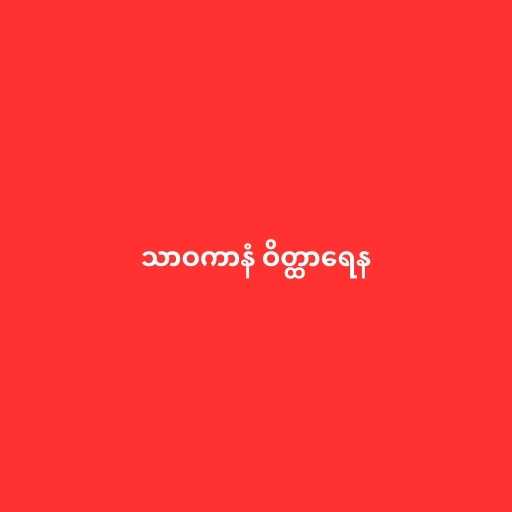
သာဝကာနံ ဝိတ္ထာရေန